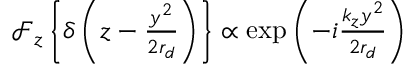
\begin{array} { r } { \ensuremath { \mathcal { F } } _ { z } \left\{ \delta \left( z - \frac { y ^ { 2 } } { 2 r _ { d } } \right) \right\} \propto \exp \left( - i \frac { k _ { z } y ^ { 2 } } { 2 r _ { d } } \right) } \end{array}